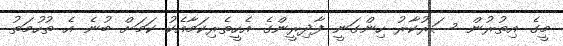
މީގެ އިތުރުން ސަރުކާރު ހިންގަނީ ފާދިރީންގެ އެހީތެރިކަމާއެކު ކަމަށް ބުނެ އެ ތުހުމަތު